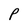
Character: P